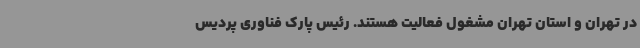
در تهران و استان تهران مشغول فعالیت هستند. رئیس پارک فناوری پردیس